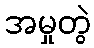
အမှုတွဲ